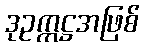
ဒုဥက္ကဋ္ဌအဖြစ်